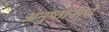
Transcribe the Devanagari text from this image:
अनुष्ठानाचे